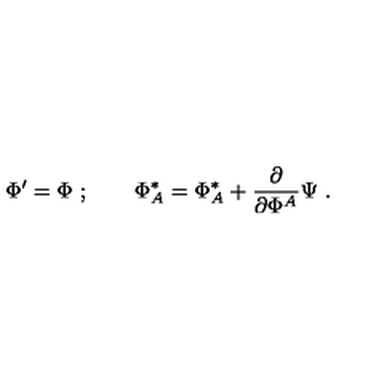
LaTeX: \Phi ^ { \prime } = \Phi \ ; \qquad \Phi _ { A } ^ { * } = \Phi _ { A } ^ { * } + \frac { \partial } { \partial \Phi ^ { A } } \Psi \ .